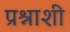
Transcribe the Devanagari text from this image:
प्रश्नाशी